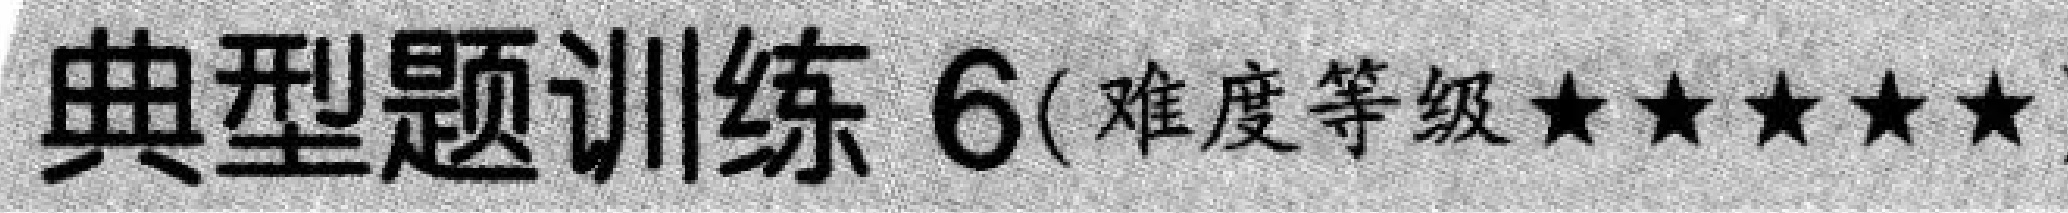
典型题训练 6(难度等级★★★★★)